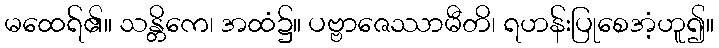
မထေရ်၏။ သန္တိကေ၊ အထံ၌။ ပဗ္ဗာဇေဿာမီတိ၊ ရဟန်းပြုစေအံ့ဟူ၍။